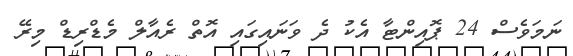
ނަމަވެސް 24 ޕޮއިންޓާ އެކު ދެ ވަނައިގައި އޮތް ރެއާލް މެޑްރިޑް މިރޭ